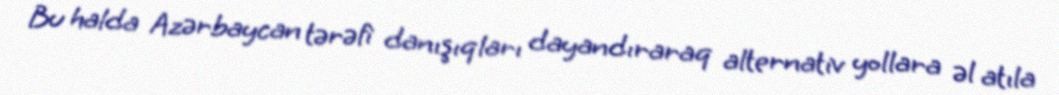
Bu halda Azərbaycan tərəfi danışıqları dayandıraraq alternativ yollara əl atıla